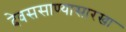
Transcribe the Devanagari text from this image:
देवससाण्यासारखा